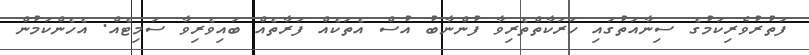
ފަތުރުވެރިކަމުގެ ސިނާއަތުގައި ހަރަކާތްތެރިވާ ފުންނާބު އުސް އެތަކެއް ފަރާތެއް ބައިވެރިވާ ސަމިޓެއް. އެހެންކަމުން